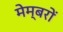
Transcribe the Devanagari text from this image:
मेम्बरों